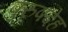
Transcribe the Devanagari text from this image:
पुरुषदेह